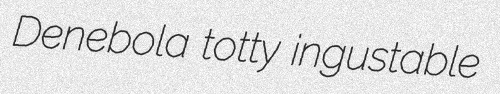
Denebola totty ingustable